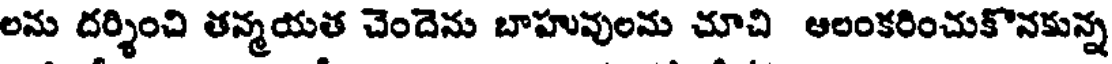
లను దర్శించి తన్మయత చెందెను బాహువులను చూచి ఆలంకరించుకొనకున్న